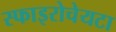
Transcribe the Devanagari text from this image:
स्फाइरोचेयटा